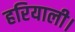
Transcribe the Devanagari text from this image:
हरियाली।